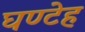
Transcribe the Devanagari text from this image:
घण्टेह